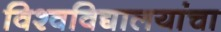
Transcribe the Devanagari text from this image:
विश्वविद्यालयांचा